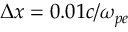
\Delta x = 0 . 0 1 c / \omega _ { p e }